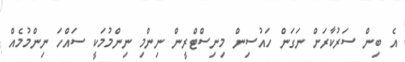
އެ ބިން ސަރުކާރަށް ނަގަން ހައުސިން މިނިސްޓްރީން ނިންމި ނިންމުމަކީ ސައްހަ ނިންމުމެއް